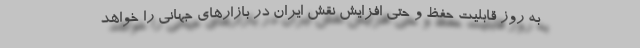
به روز قابلیت حفظ و حتی افزایش نقش ایران در بازارهای جهانی را خواهد